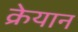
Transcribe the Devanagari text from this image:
क्रेयान